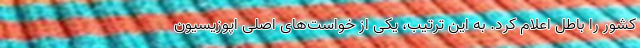
کشور را باطل اعلام کرد. به این ترتیب، یکی از خواست‌های اصلی اپوزیسیون